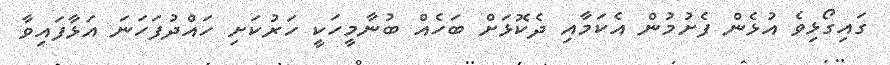
ގައިގޯޅިވެ އުޅެން ފެށުމުން އެކަމާއި ދެކޮޅަށް ބަހެއް ބުނާމީހަކީ ހަރުކަށި ހައްދުފަހަނަ އަޅާފައިވާ